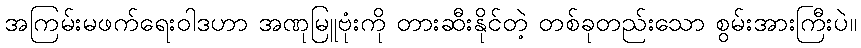
အကြမ်းမဖက်ရေးဝါဒဟာ အဏုမြူဗုံးကို တားဆီးနိုင်တဲ့ တစ်ခုတည်းသော စွမ်းအားကြီးပဲ။